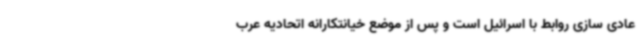
عادی سازی روابط با اسرائیل است و پس از موضع خیانتکارانه اتحادیه عرب